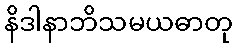
နိဒါနာဘိသမယဓာတု